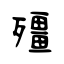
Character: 殭